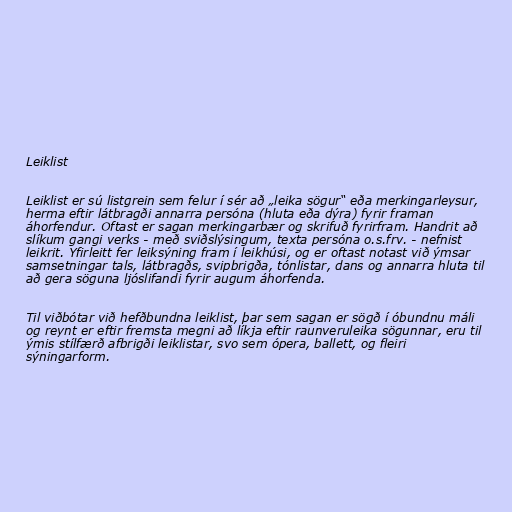
Leiklist

Leiklist er sú listgrein sem felur í sér að „leika sögur“ eða merkingarleysur,
herma eftir látbragði annarra persóna (hluta eða dýra) fyrir framan
áhorfendur. Oftast er sagan merkingarbær og skrifuð fyrirfram. Handrit að
slíkum gangi verks - með sviðslýsingum, texta persóna o.s.frv. - nefnist
leikrit. Yfirleitt fer leiksýning fram í leikhúsi, og er oftast notast við ýmsar
samsetningar tals, látbragðs, svipbrigða, tónlistar, dans og annarra hluta til
að gera söguna ljóslifandi fyrir augum áhorfenda.

Til viðbótar við hefðbundna leiklist, þar sem sagan er sögð í óbundnu máli
og reynt er eftir fremsta megni að líkja eftir raunveruleika sögunnar, eru til
ýmis stílfærð afbrigði leiklistar, svo sem ópera, ballett, og fleiri
sýningarform.